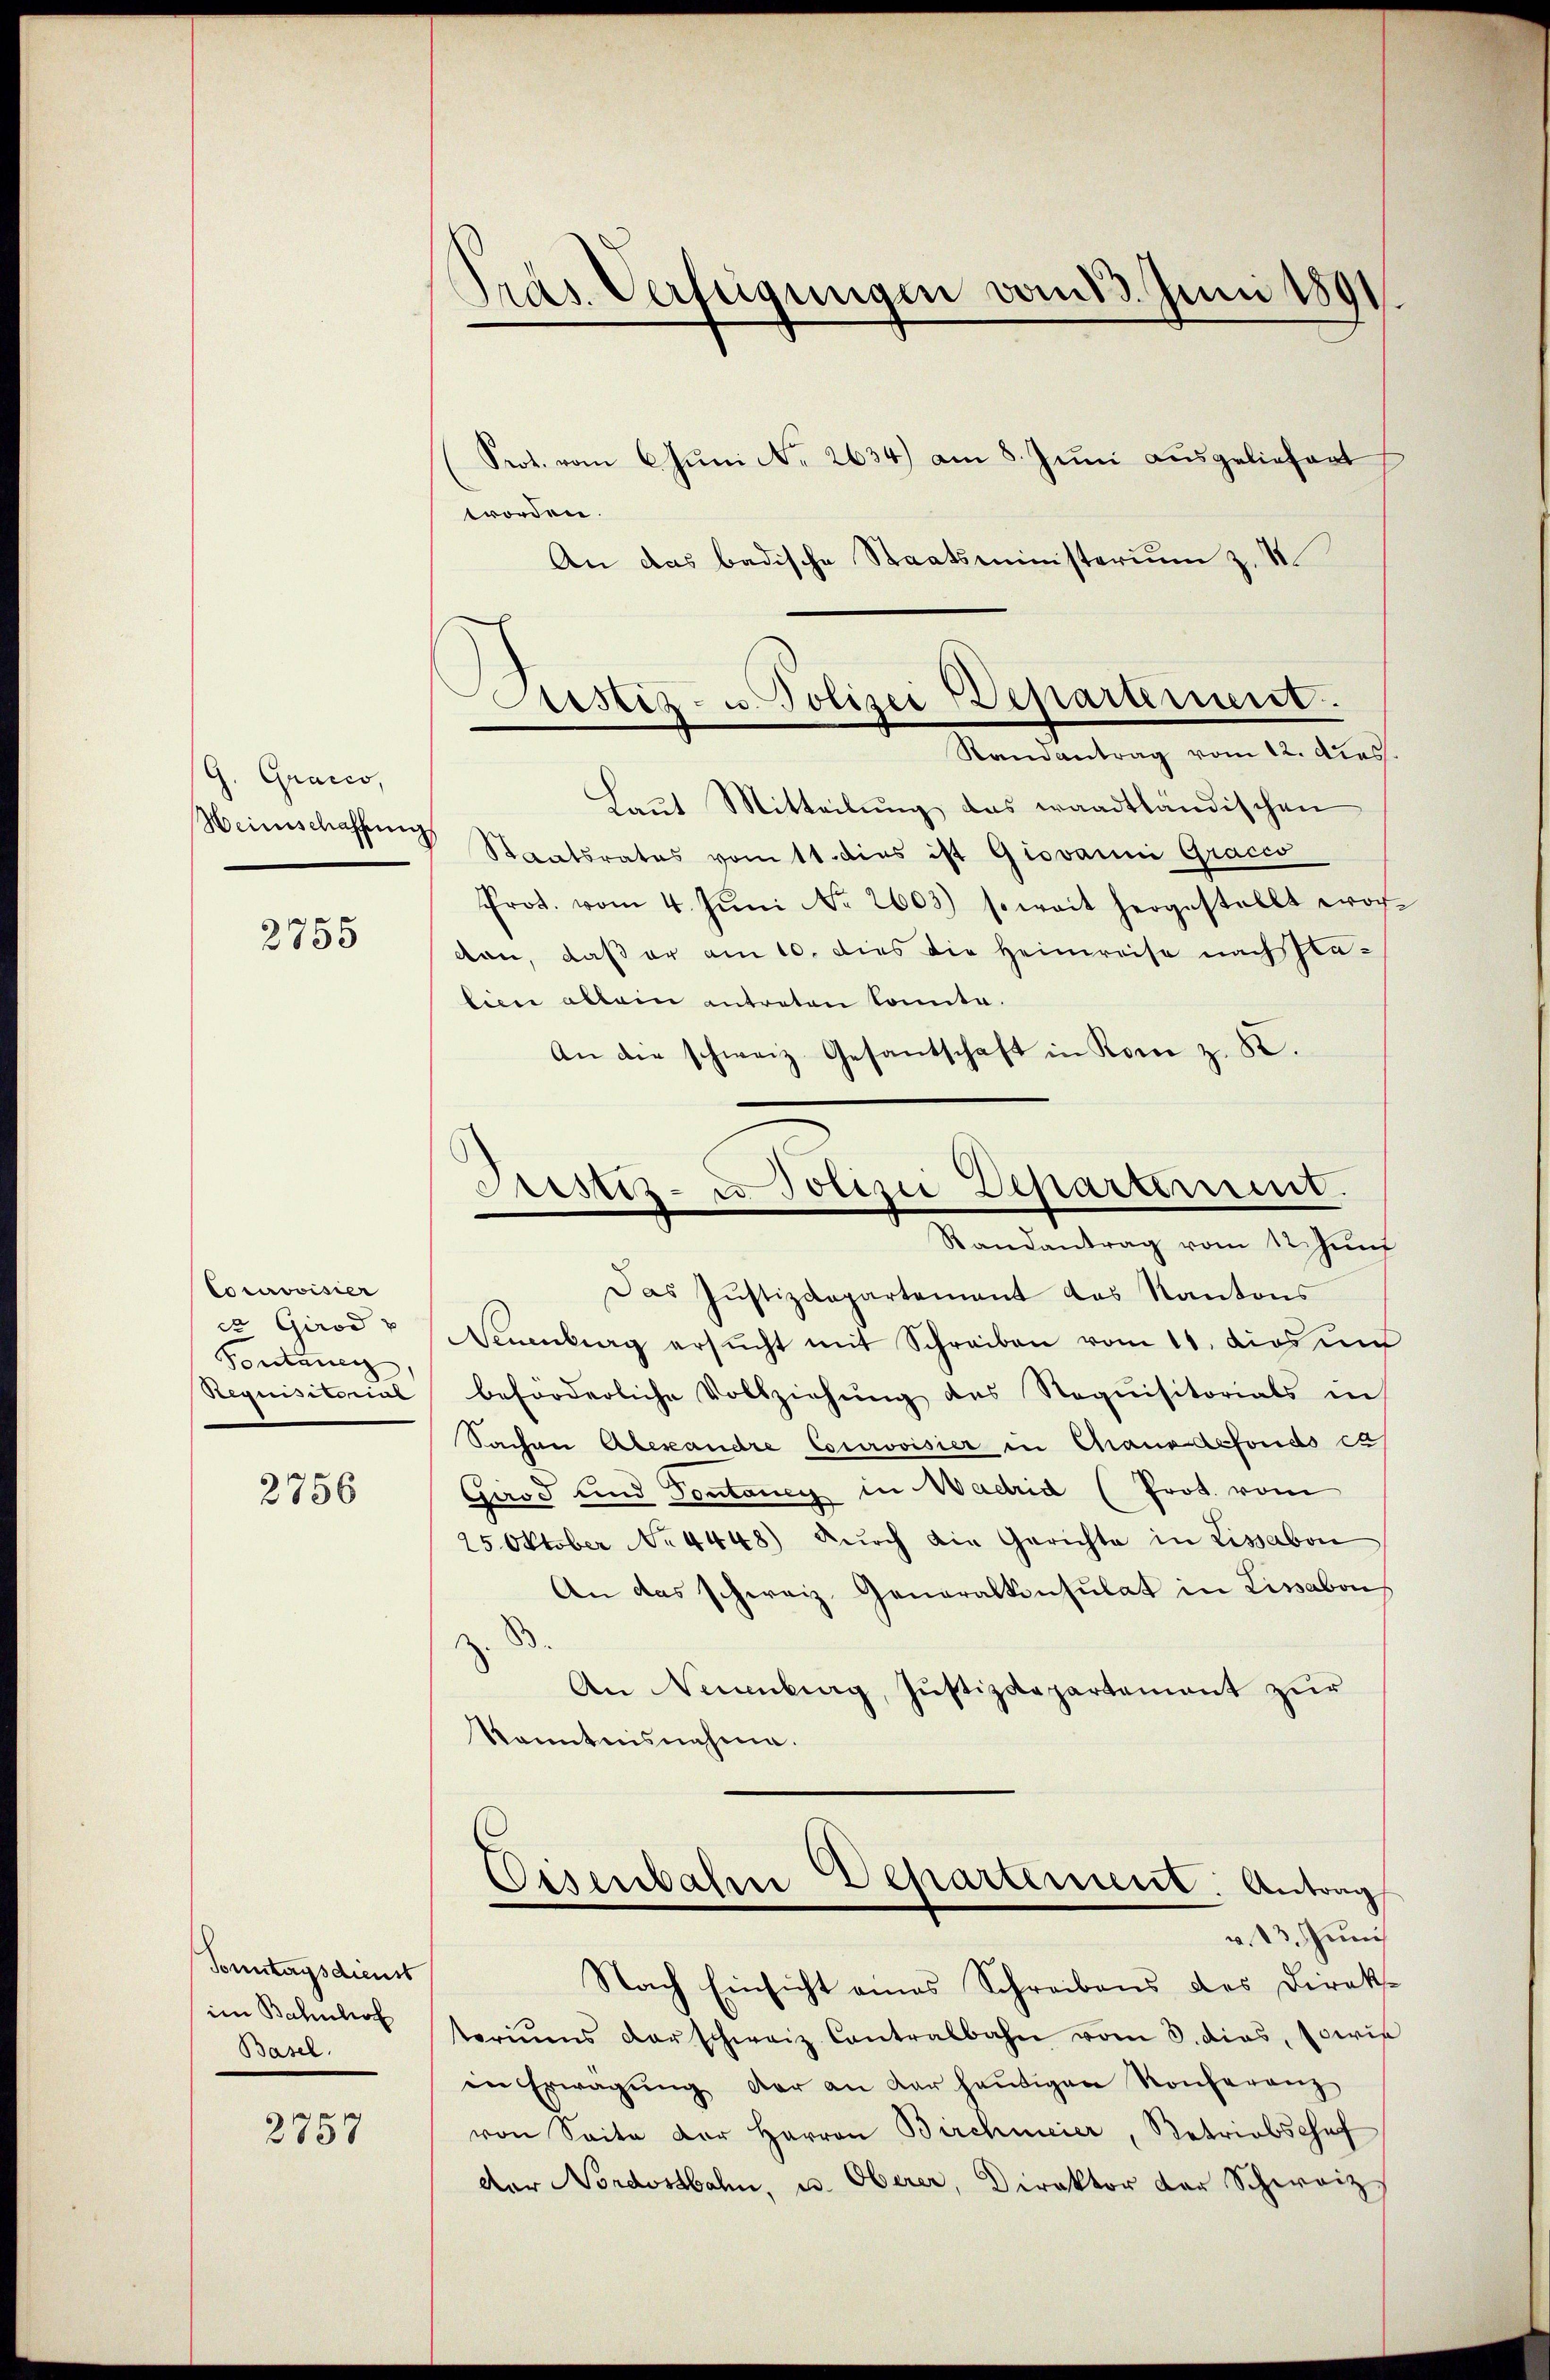
G. Gracco,
Heinschaffung

2755

Cocerovisier
e Girod u
Pontanen
Requisitorial

2756

Sonntagsdienst
im Bahnhof
Basel.

2757

Pras. Verfügungen vom 13. Juni 1891

Prot. vom 6. Juni N. 2634) am 8. Juni ausgeliefert
worden.
An das badische Staatsministerium z. S.

tistiz- u. Polizei Departement.
Randantrag vom 12. Diess.

Pristiz- u Polizei Departement.
Randantrag vom 12. Juni

Laut Mitteilung das waadtländischen
Staatsrates vom 11. dies ist Giovanni Gracco
Prot. vom 4. Jŭni No 2603) s. weit hergestellt wor-
von, daß er am 10. dies die Heimreise nach Italien allein antreten konnte.
An die schweiz. Gesantschaft in Rom z. K.
Das Justizdepartement das Kantons
Neuenburg ersŭcht mit Schreiben vom 11. dies um
beforderliche Vollziehung des Requisitorials in
Sachen Alexandre Courovisier in Chaus defondo cas
Grod und Sontaney in Madrid (Prot. vom
25. Oktober No 4448) dŭrch die Gerichte in Lissabon
An das schweiz. Generalkonsulat in Lissabon
An Neuenburg, Justizdepartement zur
kanntnisnahme.
Eisenbahre Departement. Antrag
v. 13. Juni
Nach Einsicht eines Schreibens des Direkteriums darschweiz Cantralbahn vom 3. dies, sowie
in Erwägŭng der an dar heŭtigen Konferenz
von Seite der Herren Birchmeier, Retriebschaf
der Nordostbahn, u. Oberer, Direktor der Schweiz